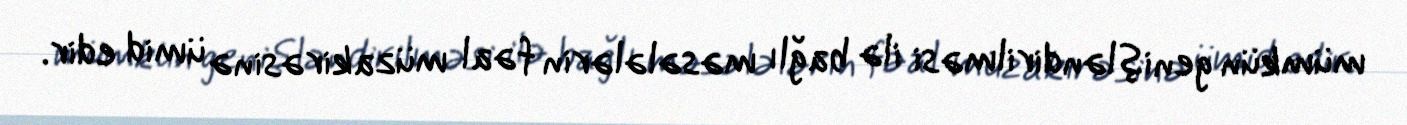
mümkün genişləndirilməsi ilə bağlı məsələlərin fəal müzakirəsinə ümid edir.